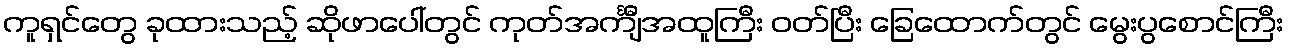
ကူရှင်တွေ ခုထားသည့် ဆိုဖာပေါ်တွင် ကုတ်အင်္ကျီအထူကြီး ဝတ်ပြီး ခြေထောက်တွင် မွေးပွစောင်ကြီး